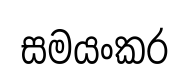
සමයංකර